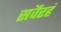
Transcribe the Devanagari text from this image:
सर्वैरहं